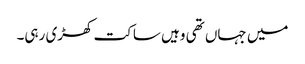
میں جہاں تھی وہیں ساکت کھڑی رہی۔